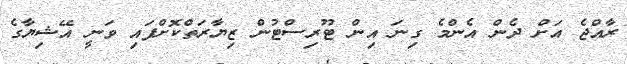
ރާއްޖެ އަށް ދެން އެންމެ ގިނަ އިން ޓޫރިސްޓުން ޒިޔާރަތްކޮށްފައި ވަނީ އޭޝިޔާގެ